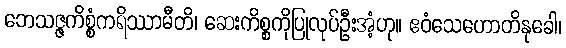
ဘေသဇ္ဇကိစ္စံကရိဿာမီတိ၊ ဆေးကိစ္စကိုပြုလုပ်ဦးအံ့ဟု။ ဧဝံသေဟောတိနုခေါ၊